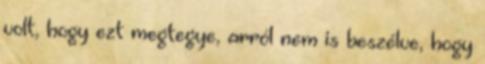
volt, hogy ezt megtegye, arról nem is beszélve, hogy